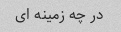
در چه زمینه ای